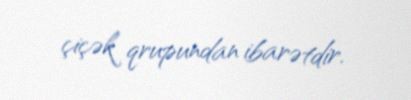
çiçək qrupundan ibarətdir.